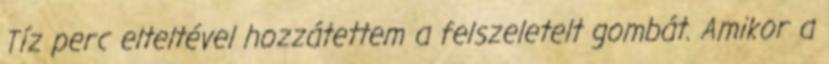
Tíz perc elteltével hozzátettem a felszeletelt gombát. Amikor a